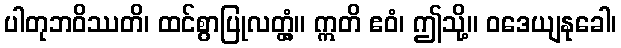
ပါတုဘဝိဿတိ၊ ထင်စွာပြုလတ္တံ့။ ဣတိ ဧဝံ၊ ဤသို့။ ဝဒေယျနုခေါ၊